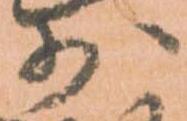
少